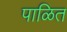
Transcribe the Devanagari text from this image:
पाळित